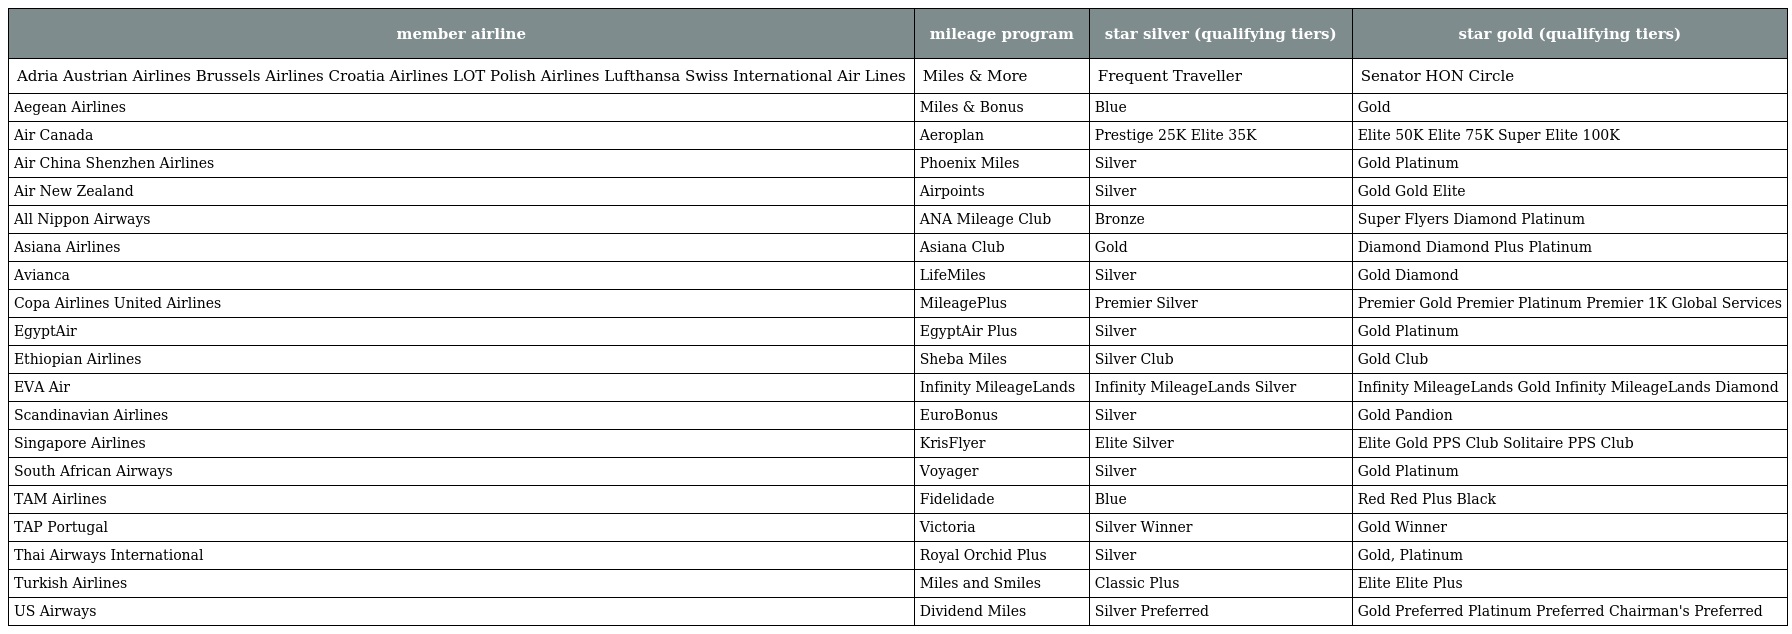
| member airline | mileage program | star silver (qualifying tiers) | star gold (qualifying tiers) |
 | --- | --- | --- | --- |
 | Adria Austrian Airlines Brussels Airlines Croatia Airlines LOT Polish Airlines Lufthansa Swiss International Air Lines | Miles & More | Frequent Traveller | Senator HON Circle |
 | Aegean Airlines | Miles & Bonus | Blue | Gold |
 | Air Canada | Aeroplan | Prestige 25K Elite 35K | Elite 50K Elite 75K Super Elite 100K |
 | Air China Shenzhen Airlines | Phoenix Miles | Silver | Gold Platinum |
 | Air New Zealand | Airpoints | Silver | Gold Gold Elite |
 | All Nippon Airways | ANA Mileage Club | Bronze | Super Flyers Diamond Platinum |
 | Asiana Airlines | Asiana Club | Gold | Diamond Diamond Plus Platinum |
 | Avianca | LifeMiles | Silver | Gold Diamond |
 | Copa Airlines United Airlines | MileagePlus | Premier Silver | Premier Gold Premier Platinum Premier 1K Global Services |
 | EgyptAir | EgyptAir Plus | Silver | Gold Platinum |
 | Ethiopian Airlines | Sheba Miles | Silver Club | Gold Club |
 | EVA Air | Infinity MileageLands | Infinity MileageLands Silver | Infinity MileageLands Gold Infinity MileageLands Diamond |
 | Scandinavian Airlines | EuroBonus | Silver | Gold Pandion |
 | Singapore Airlines | KrisFlyer | Elite Silver | Elite Gold PPS Club Solitaire PPS Club |
 | South African Airways | Voyager | Silver | Gold Platinum |
 | TAM Airlines | Fidelidade | Blue | Red Red Plus Black |
 | TAP Portugal | Victoria | Silver Winner | Gold Winner |
 | Thai Airways International | Royal Orchid Plus | Silver | Gold, Platinum |
 | Turkish Airlines | Miles and Smiles | Classic Plus | Elite Elite Plus |
 | US Airways | Dividend Miles | Silver Preferred | Gold Preferred Platinum Preferred Chairman's Preferred |